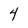
Character: 4